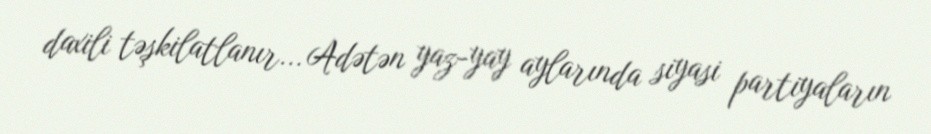
daxili təşkilatlanır... Adətən yaz-yay aylarında siyasi partiyaların